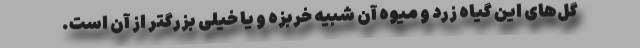
گل‌های این گیاه زرد و میوه آن شبیه خربزه و یا خیلی بزرگتر از آن است.